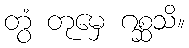
တွံ တုမှေ ဂစ္ဆသိ။